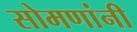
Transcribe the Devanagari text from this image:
सोमणांनी